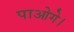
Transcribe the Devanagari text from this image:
पाओगे।